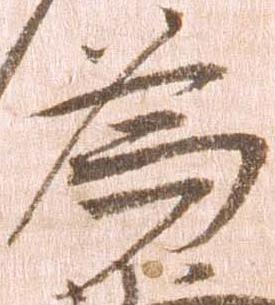
為